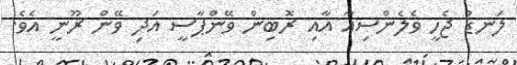
ލަނޑު ޖެހީ ވެލެންސިއާ އާއި ރޮބިން ވޭންޕާސީ އަދި ވޭން ރޫނީ އެވެ.